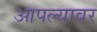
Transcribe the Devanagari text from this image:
आपल्‍यावर